system: You are a helpful assistant.
user:
Analyze the provided spectrum to determine if it is a **Carbon Star (C-type)**.

- **Key Visual Indicators of Carbon Star:**
    - **(Primary):** Strong molecular absorption from **C₂ (diatomic carbon) "Swan Bands."** This is the **defining feature** of a carbon star.
        - **(Key Bandheads):** Sharp absorption edges are visible at approximately $5635$ Å, $5165$ Å (the strongest band), and $4737$ Å.
        - **(Line Profile):** Creates a distinct **"saw-tooth"** pattern. The key morphology is a sharp, steep bandhead on the **red (long-wavelength) side**, which then gradually tapers off (i.e., flux recovers) towards the **blue (short-wavelength) side**. *(This is the direct opposite of the TiO bands seen in M-type stars)*.

    - **(Secondary):** Intense **CN (cyanogen)** molecular absorption bands.
        - **(Key Bandheads):** Located in the blue and violet regions of the spectrum (e.g., near $4215$ Å and $3883$ Å).
        - **(Morphology):** These bands are extremely broad and act as a "blanket," absorbing the vast majority of blue and violet light. This creates a characteristic **"cliff"** or **"steep drop-off"** in the spectrum's flux at short wavelengths.

    - **(Key Confirmation):** Strong **CH absorption band (G-band)**.
        - **(Key Bandhead):** Located around $4300$ Å. The contribution from CH molecules to this band is exceptionally strong.

    - **(Overall Spectrum):**
        - The continuum is severely "chopped up" by these deep molecular bands, especially C₂, rather than appearing as a smooth curve.
        - Due to the heavy CN and C₂ absorption in the blue-green, the vast majority of the star's flux is concentrated in the red part of the spectrum, giving the star its characteristic deep red color.

Think first, call **spectral_visualization_tool** if needed to examine features in detail, then provide your final answer. Your response must adhere to the following strict rules:
1.  **Overall Structure:** Your response must follow the format `<think>...</think> <tool_call>...</tool_call> (if a tool is used) <answer>...</answer>`.
2.  **Tool Usage Constraint:** You may only make **one** tool call per turn.
3.  **Final Answer Format:** In the `<answer>` tag, your conclusion must be inside a `\boxed{}` command (e.g., `\boxed{YES}`), followed by your justification.

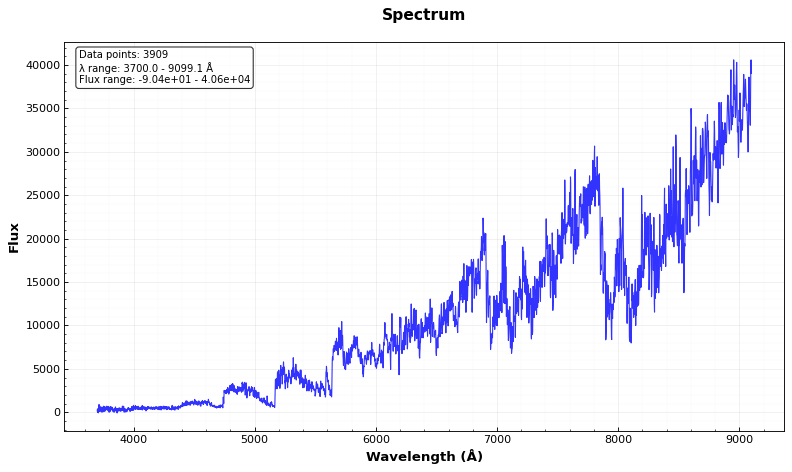
Answer: YES